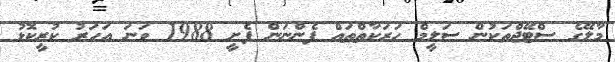
މާލޭގެ ސްޓޭޖްތަކުން ސަލީމް ހަރަކާތްތައް ފެންނަން ފެށީ 1988 ވަނަ އަހަރު ކުރީކޮޅު